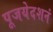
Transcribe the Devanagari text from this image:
पूजयेदशनं